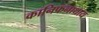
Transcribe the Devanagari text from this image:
कानिफनाथाय